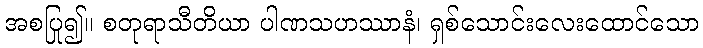
အစပြု၍။ စတုရာသီတိယာ ပါဏသဟဿာနံ၊ ရှစ်သောင်းလေးထောင်သော